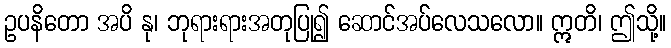
ဥပနိတော အပိ နု၊ ဘုရားရားအတုပြု၍ ဆောင်အပ်လေသလော။ ဣတိ၊ ဤသို့။